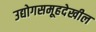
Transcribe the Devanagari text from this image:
उद्योगसमूहदेखील